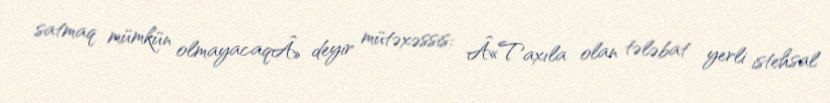
satmaq mümkün olmayacaqÂ» deyir mütəxəssis: Â«Taxıla olan tələbat yerli istehsal